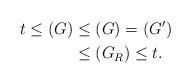
LaTeX: \begin{align*}t \leq (G) & \leq (G)=(G^\prime)\\& \leq (G_R) \leq t.\end{align*}